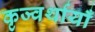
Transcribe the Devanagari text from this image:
कृज्वर्थायाँ